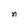
Character: n